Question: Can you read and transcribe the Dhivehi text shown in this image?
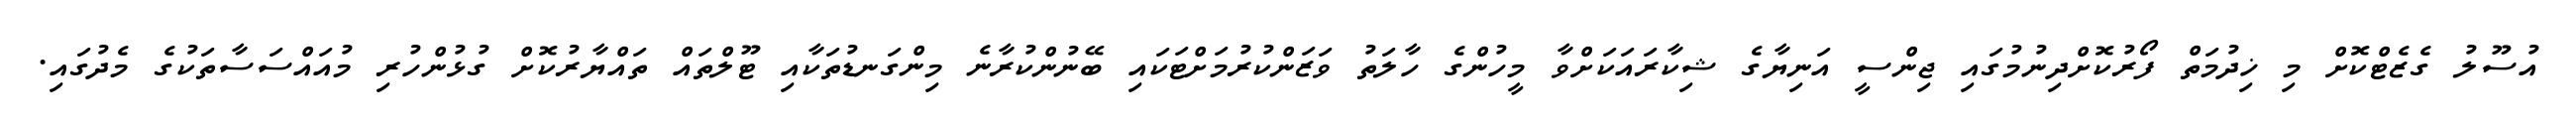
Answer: އުސޫލު ގެޒެޓްކޮށް މި ޚިދުމަތް ފޯރުކޮށްދިނުމުގައި ޖިންސީ އަނިޔާގެ ޝިކާރައަކަށްވާ މީހުންގެ ހާލަތު ވަޒަންކުރުމަށްޓަކައި ބޭނުންކުރާނެ މިންގަނޑުތަކާއި ޓޫލްތައް ތައްޔާރުކޮށް ގުޅުންހުރި މުއައްސަސާތަކުގެ މެދުގައި.